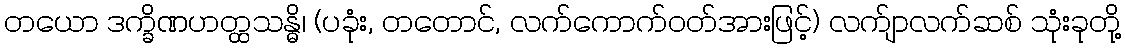
တယော ဒက္ခိဏဟတ္ထသန္ဓိ၊ (ပခုံး, တတောင်, လက်ကောက်ဝတ်အားဖြင့်) လက်ျာလက်ဆစ် သုံးခုတို့